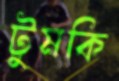
টুমকি